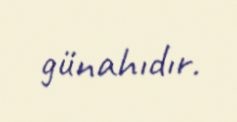
günahıdır.